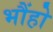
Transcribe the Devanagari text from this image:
भौंहो